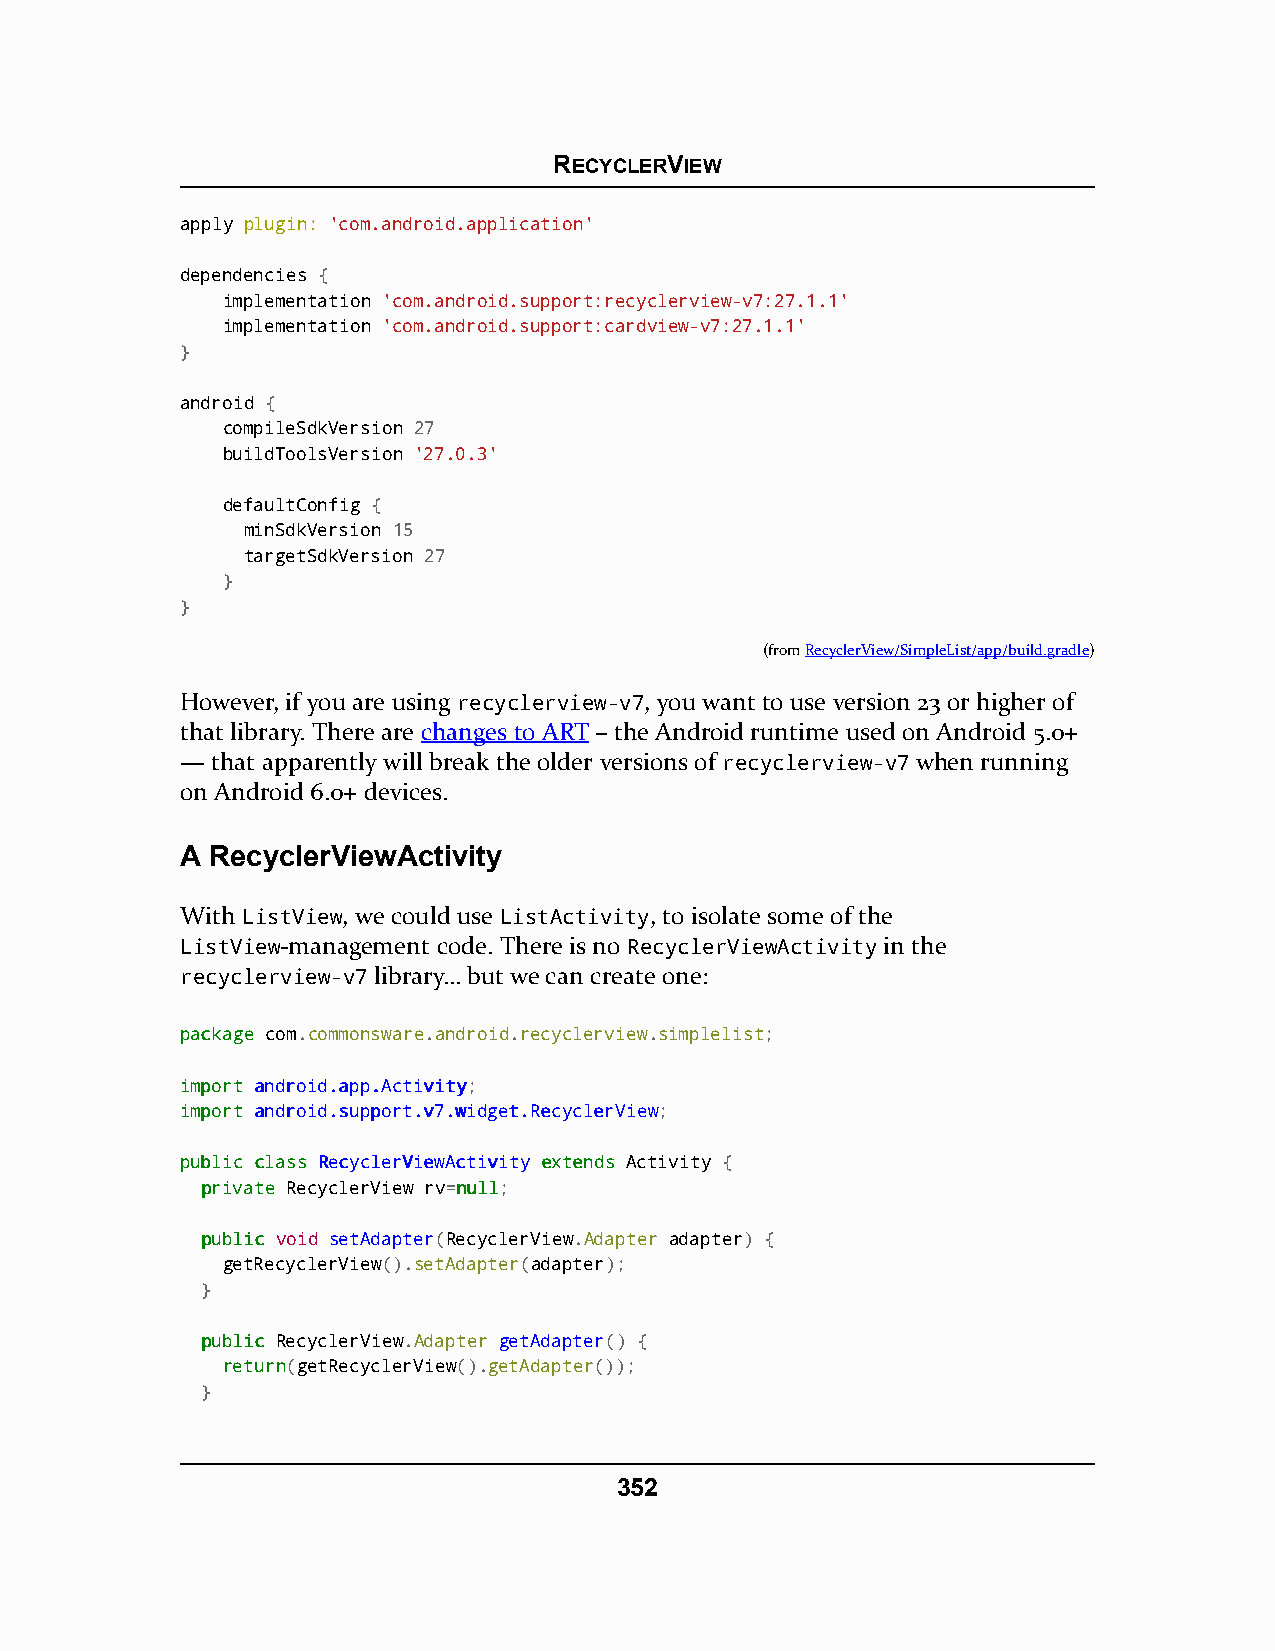
RECYCLERVIEW
 apply plugin: 'com.android.application'
 dependencies {
 implementation 'com.android.support:recyclerview-v7:27.1.1'
 implementation 'com.android.support:cardview-v7:27.1.1'
 }
 android {
 compileSdkVersion 27
 buildToolsVersion '27.0.3'
 defaultConfig {
 minSdkVersion 15
 targetSdkVersion 27
 }
 }
 (fromRecyclerView/SimpleList/app/build.gradle)
 However, if you are using recyclerview-v7, you want to use version 23 or higher of
 that library. There are changes to ART – the Android runtime used on Android 5.0+
 — that apparently will break the older versions of recyclerview-v7 when running
 on Android 6.0+ devices.
 A RecyclerViewActivity
 With ListView, we could use ListActivity, to isolate some of the
 ListView-management code. There is no RecyclerViewActivity in the
 recyclerview-v7 library… but we can create one:
 ppaacckkaaggee com.commonsware.android.recyclerview.simplelist;
 iimmppoorrtt aannddrrooiidd..aapppp..AAccttiivviittyy;
 iimmppoorrtt aannddrrooiidd..ssuuppppoorrtt..vv77..wwiiddggeett..RReeccyycclleerrVViieeww;
 ppuubblliicc ccllaassss RReeccyycclleerrVViieewwAAccttiivviittyy eexxtteennddss Activity {
 pprriivvaattee RecyclerView rv=nnuullll;
 ppuubblliicc void setAdapter(RecyclerView.Adapter adapter) {
 getRecyclerView().setAdapter(adapter);
 }
 ppuubblliicc RecyclerView.Adapter getAdapter() {
 rreettuurrnn(getRecyclerView().getAdapter());
 }
 352